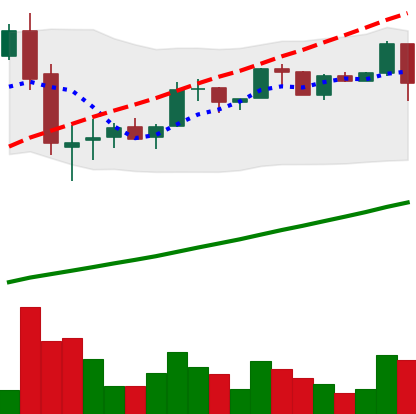
Ticker: LTC-USD
Chart end date: 2017-06-12
Forward return: 61.492%
Label: up_7plus